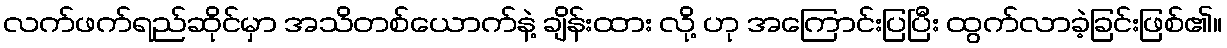
လက်ဖက်ရည်ဆိုင်မှာ အသိတစ်ယောက်နဲ့ ချိန်းထား လို့ ဟု အကြောင်းပြပြီး ထွက်လာခဲ့ခြင်းဖြစ်၏။